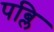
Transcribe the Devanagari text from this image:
पब्लि